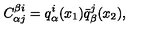
C _ { \alpha j } ^ { \beta i } = q _ { \alpha } ^ { i } ( x _ { 1 } ) \bar { q } _ { \beta } ^ { j } ( x _ { 2 } ) ,